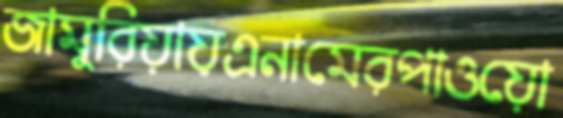
জামুরিয়ায়এনামেরপাওয়ো